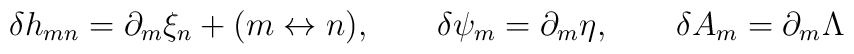
\delta h_{mn}=\partial_m\xi_n+(m\leftrightarrow n), \qquad \delta \psi_m=\partial_m\eta,\qquad \delta A_m= \partial_m \Lambda